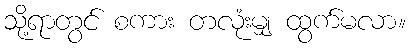
သို့ရာတွင် စကား တလုံးမျှ ထွက်မလာ။